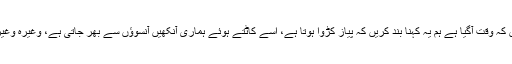
بی بی سی کے میرک پرزوِک کہتے ہیں کہ وقت آگیا ہے ہم یہ کہنا بند کریں کہ پیاز کڑوا ہوتا ہے، اسے کاٹتے ہوئے ہماری آنکھیں آنسوؤں سے بھر جاتی ہے، وغیرہ وغیرہ، بلکہ ہمیں کہنا چاہیے ’پیاز زندہ باد‘۔